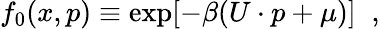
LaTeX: f_{0}(x,p)\equiv\exp[-\beta(U\cdot p+\mu)]\; \; ,